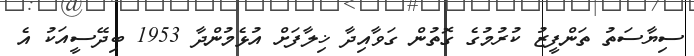
ސިޔާސަތު ތަންފީޒު ކުރުމުގެ ގޮތުން ގަވާއިދާ ޚިލާފަށް އުޅެމުންދާ 1953 ބިދޭސީއަކު އެ